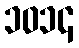
၁၀၁၄